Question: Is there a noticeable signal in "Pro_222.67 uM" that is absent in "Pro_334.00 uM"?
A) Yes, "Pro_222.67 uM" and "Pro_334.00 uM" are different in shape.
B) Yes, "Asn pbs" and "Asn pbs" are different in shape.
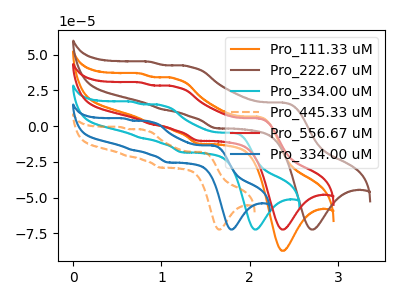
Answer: <think>The orange curve "Pro_111.33 uM" has anodic peaks at (2.10V, 6.55uA) (1.15V, 33.15uA) (0.90V, 1.60uA) (0.75V, 36.80uA) and cathodic peaks at (2.40V, -87.25uA) (1.40V, -12.35uA). The brown curve "Pro_222.67 uM" has anodic peaks at (2.40V, 16.35uA) (1.30V, 41.55uA) (1.00V, 11.70uA) (0.85V, 45.00uA) and cathodic peaks at (2.70V, -72.35uA) (1.60V, -1.50uA). The cyan curve "Pro_334.00 uM" has anodic peaks at (1.80V, -4.75uA) (1.00V, 14.45uA) (0.75V, -8.30uA) (0.65V, 17.10uA) and cathodic peaks at (2.05V, -72.35uA) (1.25V, -18.35uA). The orange dashed curve "Pro_445.33 uM" has anodic peaks at (1.45V, -18.15uA) (0.80V, -2.75uA) (0.60V, -21.00uA) (0.55V, -0.65uA) and cathodic peaks at (1.65V, -72.35uA) (1.00V, -29.05uA). The red curve "Pro_556.67 uM" has anodic peaks at (2.10V, 5.45uA) (1.15V, 27.50uA) (0.90V, 1.35uA) (0.75V, 30.55uA) and cathodic peaks at (2.40V, -72.35uA) (1.40V, -10.25uA). The blue curve "Pro_334.00 uM" has anodic peaks at (1.60V, -13.60uA) (0.85V, 3.05uA) (0.65V, -16.70uA) (0.55V, 5.35uA) and cathodic peaks at (1.80V, -72.35uA) (1.05V, -25.45uA).
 "Pro_222.67 uM" and "Pro_334.00 uM" have at least one peak that do not match.</think>
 <answer>A) Yes, "Pro_222.67 uM" and "Pro_334.00 uM" are different in shape.</answer>
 <eval>A</eval>